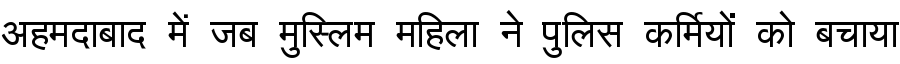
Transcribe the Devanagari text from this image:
अहमदाबाद में जब मुस्लिम महिला ने पुलिस कर्मियों को बचाया